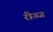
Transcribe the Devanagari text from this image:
रीज्ज